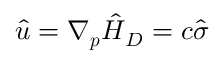
\boldsymbol { \hat { u } } = \boldsymbol { \nabla } _ { \boldsymbol { p } } \boldsymbol { \hat { H } } _ { D } = c \boldsymbol { \hat { \sigma } }